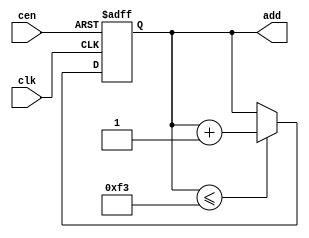
module addgen(add, clk, cen);

input clk;
input cen;
output [7:0]add;
reg [7:0]add;

always@(posedge clk or negedge cen)
begin
if(cen==0)
begin
add<=0;
end
else
begin
 if (add <=8'd243)
 add <=add+8'd1;
 else
 add<=add;
 end
end
endmodule